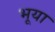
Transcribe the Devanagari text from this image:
भूया